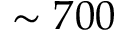
\sim 7 0 0